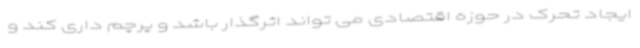
ایجاد تحرک در حوزه اقتصادی می تواند اثرگذار باشد و پرچم داری کند و